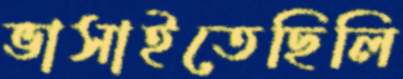
ভাসাইতেছিলি